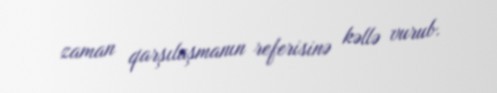
zaman qarşılaşmanın referisinə kəllə vurub.